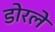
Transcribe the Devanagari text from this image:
डोरले